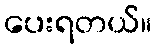
ပေးရတယ်။